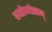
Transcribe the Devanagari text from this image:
वयोज्येष्ठान्‌